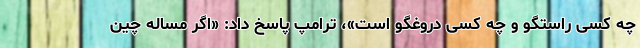
چه کسی راستگو و چه کسی دروغگو است»، ترامپ پاسخ داد: «اگر مساله چین